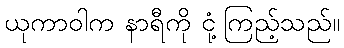
ယုကာဝါက နာရီကို ငုံ့ကြည့်သည်။